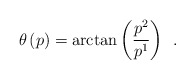
\begin{align*}\theta \left( p\right) =\arctan \left( \frac{p^2}{p^1}\right) \;\,.\end{align*}